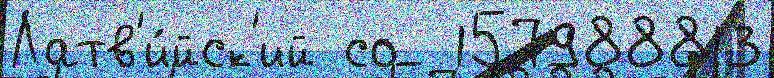
Латв'и́йск'ий со  157988813